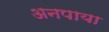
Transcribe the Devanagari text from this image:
अनपाया